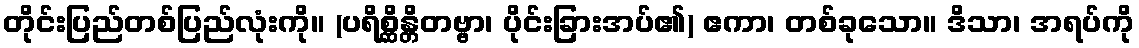
တိုင်းပြည်တစ်ပြည်လုံးကို။ (ပရိစ္ဆိန္တိတဗ္ဗာ၊ ပိုင်းခြားအပ်၏) ဧကာ၊ တစ်ခုသော။ ဒိသာ၊ အရပ်ကို